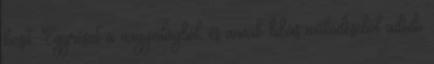
kicsit. Egyrészt a nagyvilágból, és annak hibás működéséből adódó